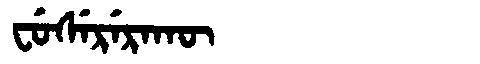
Manchu: ᠸᡠᠰᡝᡵᡝᡵᠠᡴᡡ
Romanization: FUSERERAKŪ